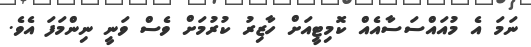
ނަމަ އެ މުއައްސަސާއެއް ކޮމިޓީއަށް ހާޒިރު ކުރުމަށް ވެސް ވަނީ ނިންމަފަ އެވެ.